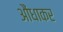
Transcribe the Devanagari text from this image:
आैंधाकर